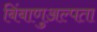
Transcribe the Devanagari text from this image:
बिंबाणुअल्पता